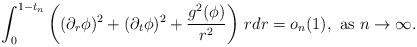
\begin{align*}\int_0^{1-t_n}\left((\partial_r\phi)^2+(\partial_t\phi)^2+\frac{g^2(\phi)}{r^2}\right)\,rdr=o_n(1),\,\,{\rm as}\,\,n\to\infty.\end{align*}